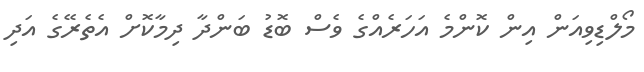
މޯލްޑިވިއަން އިން ކޮންމެ އަހަރެއްގެ ވެސް ބޮޑު ބަންދާ ދިމާކޮށް އެތެރޭގެ އަދި